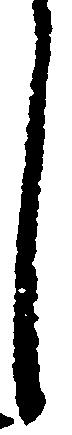
し